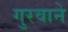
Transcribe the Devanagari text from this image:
गुरवाने